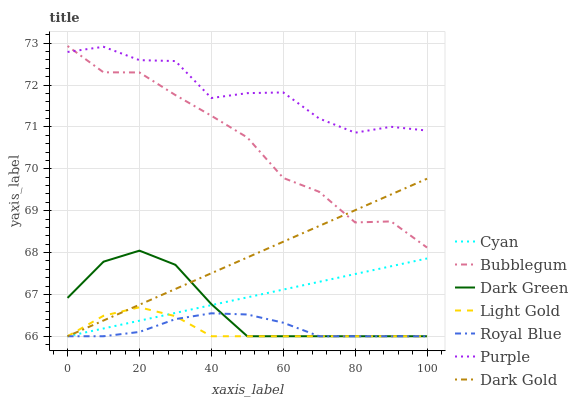
| xaxis_label | Cyan | Bubblegum | Dark Green | Light Gold | Royal Blue | Purple | Dark Gold |
 | --- | --- | --- | --- | --- | --- | --- | --- |
 | 0 | 66 | 72.9 | 66.9 | 66 | 66 | 72.8 | 66 |
 | 10 | 66.2 | 72.3 | 67.8 | 66.5 | 66 | 72.9 | 66.4 |
 | 20 | 66.4 | 72.3 | 68 | 66.7 | 66.1 | 72.6 | 66.8 |
 | 30 | 66.6 | 71.8 | 67.7 | 66.5 | 66.4 | 72.6 | 67.1 |
 | 40 | 66.7 | 71.3 | 66.8 | 66 | 66.5 | 71.7 | 67.5 |
 | 50 | 66.9 | 70.7 | 66 | 66 | 66.5 | 71.8 | 67.9 |
 | 60 | 67.1 | 69.8 | 66 | 66 | 66.3 | 71.8 | 68.3 |
 | 70 | 67.3 | 69.5 | 66 | 66 | 66 | 71.2 | 68.6 |
 | 80 | 67.5 | 68.7 | 66 | 66 | 66 | 70.9 | 69 |
 | 90 | 67.7 | 68.7 | 66 | 66 | 66 | 71 | 69.4 |
 | 100 | 67.9 | 68.1 | 66 | 66 | 66 | 70.9 | 69.8 |